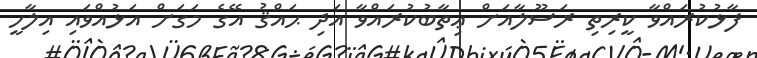
ފާޅުކުރައްވާ ކީރިތި ރަސޫލާއަށް ޢިތާބުކުރައްވާ އަދި ޙައްޤު އޭގެ މަގަށް އަޅުއްވައި އިލާހީ